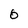
Character: 0